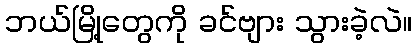
ဘယ်မြို့တွေကို ခင်ဗျား သွားခဲ့လဲ။